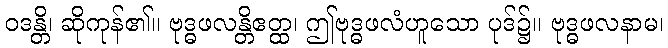
ဝဒန္တိ၊ ဆိုကုန်၏။ ဗုဒ္ဓဖလန္တိဧတ္ထ၊ ဤဗုဒ္ဓဖလံဟူသော ပုဒ်၌။ ဗုဒ္ဓဖလနာမ၊